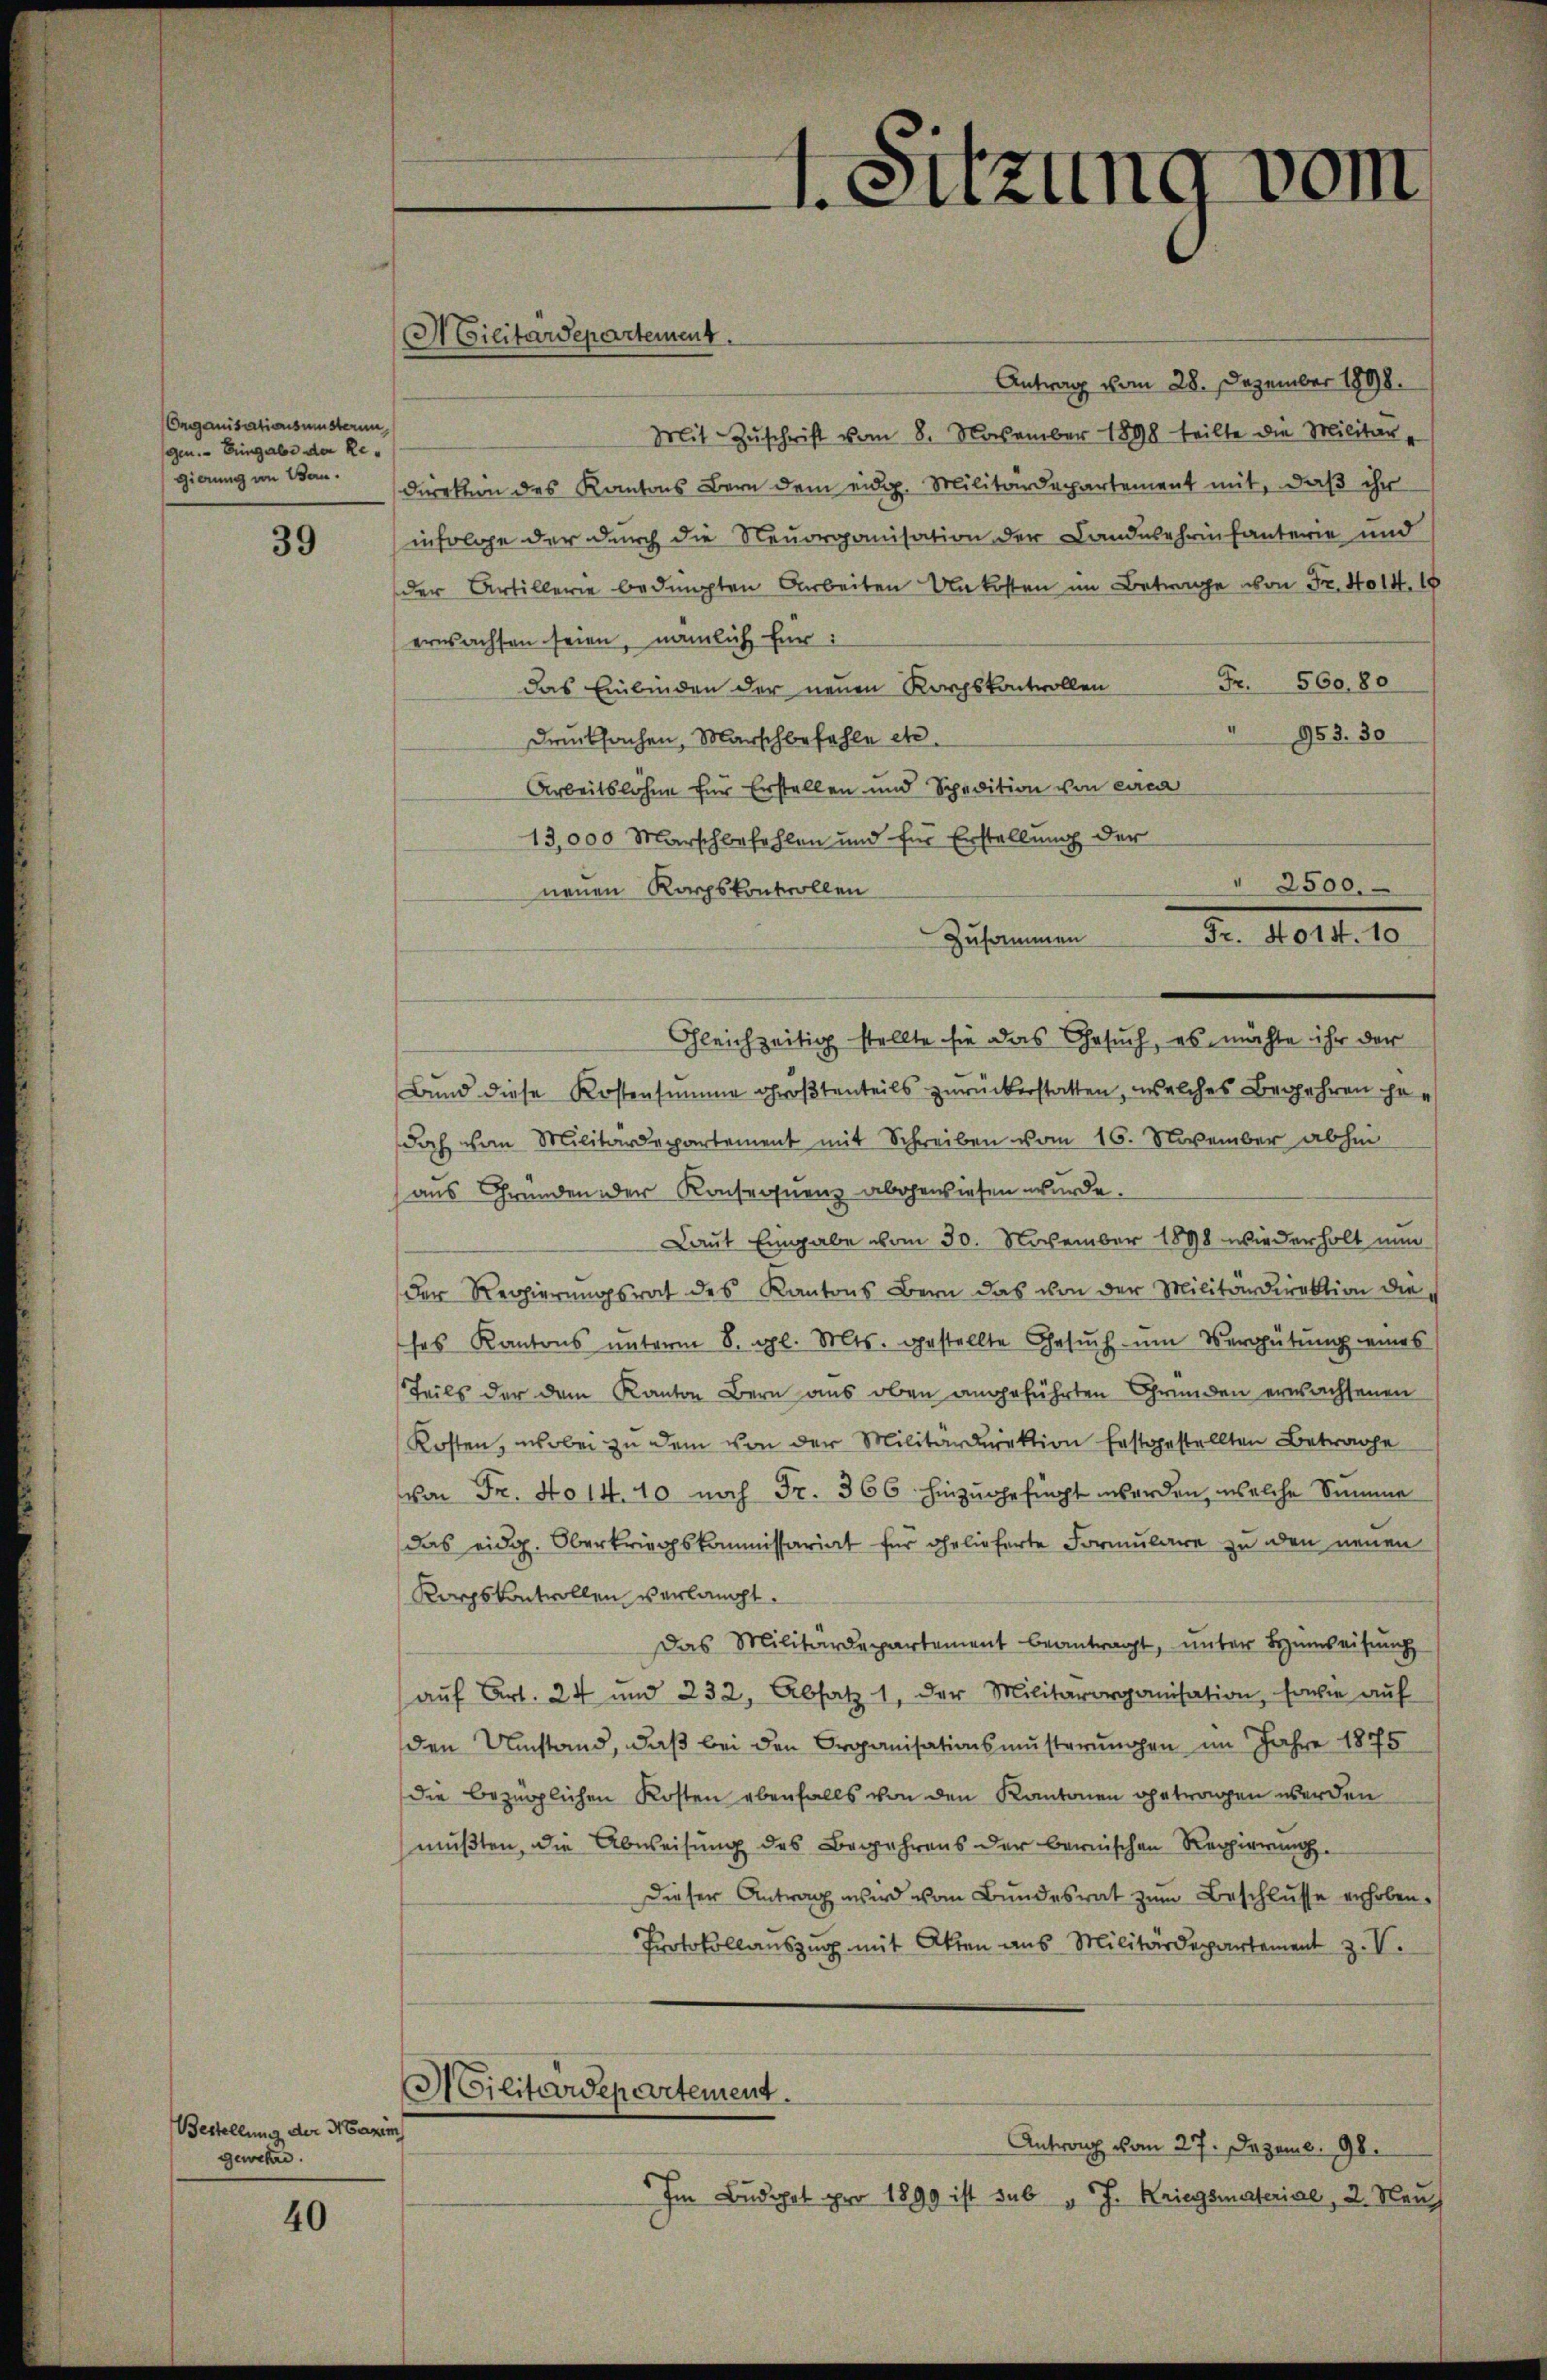
Organisationsmisterun
gen. Eingabe der Regierung von Bau.

39

Bestellung der Nazim
gewitzen.

40

Antrag vom 28. Dezember 1898.
Mit Zŭschrift vom 8. November 1898 teilte die Militär-
direkten des Kantons Bern dem eidg. Militärdepartement mit, daß ihr
infolge der durch die Neuorganisation der Landesahrinfanterie und
der Artillerie bedingten Arbeiten Unkosten im Betrage von Fr. 4014. 16
erwachsen seien, nämlich für:
Fr. 560. 80
das Einbinden der neuen Korpskontrollen
953. 30
Drucksachen, Marschbefehle etc.
Arbeitslöhne für Erstellen und Spedition von circa
13,000 Marschbefehlen und für Erstellung der
neuen Rathskontrollen
Zusammen
Gleichzeitig stellte sie das Gesuch, es möchte ihr der
Bund diese Kostensumme größtenteils zurückerstatten, welches Begehren her
doch von Militärdepartement mit Schreiben vom 16. November abhin
aus Gründen der Konsequenz abgewiesen wurde.
Laut Eingabe vom 30. November 1898 wiederholt nun
der Regierungsrat des Kantons Bern das von der Militärdirektion die
ses Kantons ŭnterm 8. gl. Mts. gestellte Gesŭch ŭm Vergütung eines
Teils der dem Kanton Bern aus oben angeführten Gründen erwachsenen
Kosten, wobei zu dem von der Militärdirektion festgestellten Betrage
von Fr. No 14.10 noch Fr. 366 hinzugefügt werden, welche Summe
das eidg. Oberkriegskommissariat für gelieferte Formulare zu den neuen
Korpskontrollen verlangt.
Das Militärdepartement beantragt, unter Heimweisung
aŭf Art. 24 und 232, Absatz 1, der Militärorganisation, sowie auf
den Umstand, daß bei den Organisationsmusterungen im Jahre 1875
die bezüglichen Kosten ebenfalls von den Kantonen getragen werden
mußten, die Abweisung des Begehrens der bernischen Regierung
Dieser Antrag wird vom Bundesrat zum Beschlusse erhoben.
Protokollauszug mit Akten aus Militärdepartement z. V.
Militärdepartement.
 Antrag vom 27. Dezemb. 98.
Im Budget pro 1899 ist sub v. J. Kriegsmateriae, 2. Nau

Militärdepartement.

1. Sitzung vom

" 2500.
Fr. 401. 10